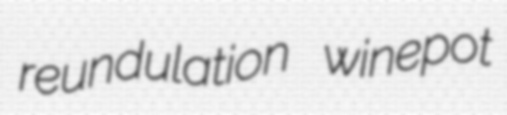
reundulation winepot